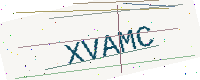
Text: XVAMC